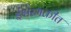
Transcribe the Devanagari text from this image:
ईश्वरभक्तीत